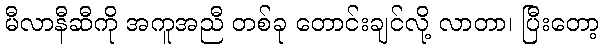
မီလာနီဆီကို အကူအညီ တစ်ခု တောင်းချင်လို့ လာတာ၊ ပြီးတော့